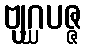
ဗျဂ္ဃပဇ္ဇ